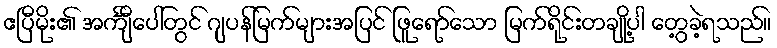
ဧပြီမိုး၏ အင်္ကျီပေါ်တွင် ဂျပန်မြက်များအပြင် ဖြူရော်သော မြက်ရိုင်းတချို့ပါ တွေ့ခဲ့ရသည်။